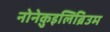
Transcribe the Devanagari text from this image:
नोनेक़ुइलिब्रिउम